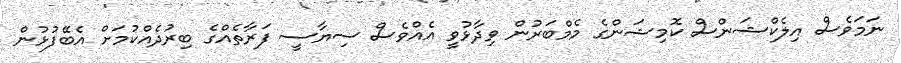
ނަމަވެސް އިލެކްޝަންސް ކޮމިޝަންގެ މެމްބަރުން ވިދާޅުވީ އެއްވެސް ސިޔާސީ ފަރާތެއްގެ ބިރުދެއްކުމަށް އެބޭފުޅުން